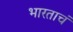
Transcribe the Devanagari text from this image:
भारताचं